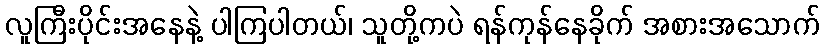
လူကြီးပိုင်းအနေနဲ့ ပါကြပါတယ်၊ သူတို့ကပဲ ရန်ကုန်နေခိုက် အစားအသောက်